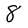
Character: 8